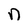
Character: n